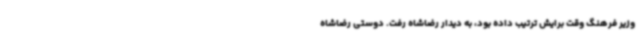
وزیر فرهنگ وقت برایش ترتیب داده بود، به دیدار رضاشاه رفت. دوستی رضاشاه